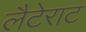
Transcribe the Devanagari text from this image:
लैटेराट